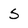
Character: s